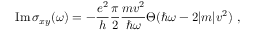
\mathrm { I m } \, \sigma _ { x y } ( \omega ) = - \frac { e ^ { 2 } } { h } \frac { \pi } { 2 } \frac { m v ^ { 2 } } { \hbar \omega } \Theta ( \hbar \omega - 2 | m | v ^ { 2 } ) \ ,